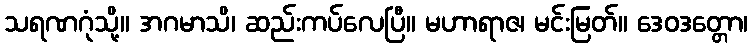
သရဏဂုံသို့။ အဂမာသိ၊ ဆည်းကပ်လေပြီ။ မဟာရာဇ၊ မင်းမြတ်။ ဒေဝဒတ္တော၊